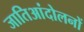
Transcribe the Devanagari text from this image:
जातिआंदोलनों